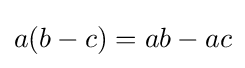
a(b-c)=ab-ac